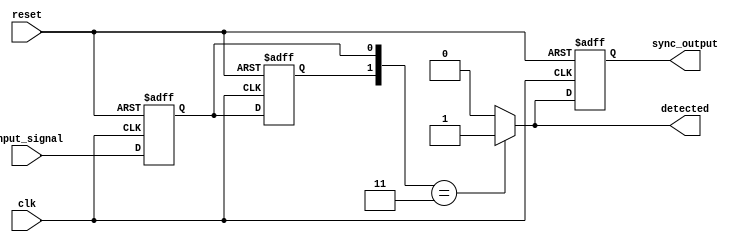
module dual_ff_detector (
    input wire input_signal,  // Primary input signal to be monitored
    input wire clk,           // Clock signal for synchronization
    input wire reset,         // Reset signal to initialize the circuit
    output reg detected,      // Signal indicating if the specific pattern has been detected
    output reg sync_output     // Synchronized output based on the detection
);

// Internal signals for the flip-flops
reg ff1, ff2;

// Define the specific pattern to be detected
parameter PATTERN = 2'b11; // Example pattern to detect (can be modified)

// Sequential logic for the flip-flops
always @(posedge clk or posedge reset) begin
    if (reset) begin
        ff1 <= 1'b0; // Initialize FF1 to 0
        ff2 <= 1'b0; // Initialize FF2 to 0
    end else begin
        ff1 <= input_signal; // Sample input_signal into FF1
        ff2 <= ff1;          // Transfer FF1 output to FF2
    end
end

// Combinational logic for pattern detection
always @(*) begin
    // Check if the pattern is detected
    if ({ff2, ff1} == PATTERN) begin
        detected = 1'b1; // Set detected high if pattern matches
    end else begin
        detected = 1'b0; // Set detected low if pattern does not match
    end
end

// Synchronized output logic
always @(posedge clk or posedge reset) begin
    if (reset) begin
        sync_output <= 1'b0; // Initialize sync_output to 0
    end else begin
        sync_output <= detected; // Synchronize detected signal with clock
    end
end

endmodule